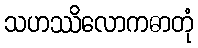
သဟဿိလောကဓာတုံ